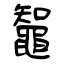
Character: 鼅